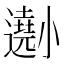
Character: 𡮾